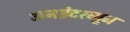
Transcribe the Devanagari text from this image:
अनइंटरव्यूज